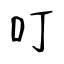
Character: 叮